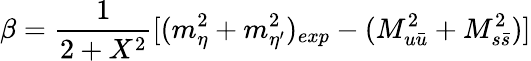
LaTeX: \beta=\frac{1}{2+X^{2}}[(m_{\eta}^{2}+m_{\eta^{\prime}}^{2})_{exp}-(M_{u\bar{u}}^{2}+M_{s\bar{s}}^{2})]